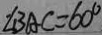
\angle B A C = 6 0 ^ { \circ }